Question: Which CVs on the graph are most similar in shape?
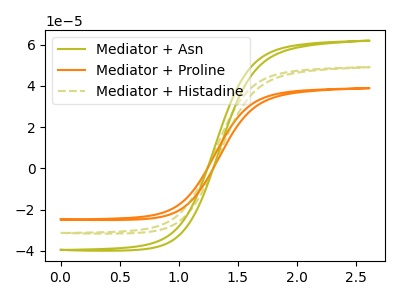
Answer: <think>The olive curve "Mediator + Asn" has no peaks. The orange curve "Mediator + Proline" has no peaks. The olive dashed curve "Mediator + Histadine" has no peaks.
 Neither "Mediator + Asn" or "Mediator + Proline" have any peaks. Neither "Mediator + Asn" or "Mediator + Histadine" have any peaks. Neither "Mediator + Proline" or "Mediator + Histadine" have any peaks.</think>
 <answer>"Mediator + Proline", "Mediator + Asn" and "Mediator + Histadine" have the same shape and are likely CV's of the same chemical.</answer>
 <eval>"Mediator + Proline" "Mediator + Asn" "Mediator + Histadine"</eval>